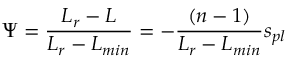
\Psi = \frac { L _ { r } - L } { L _ { r } - L _ { m i n } } = - \frac { ( n - 1 ) } { L _ { r } - L _ { m i n } } s _ { p l }